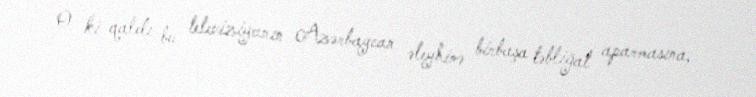
O ki qaldı bu televiziyanın Azərbaycan əleyhinə birbaşa təbliğat aparmasına,